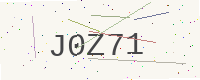
Text: J0Z71